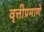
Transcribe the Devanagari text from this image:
वृत्तीप्रमाणे